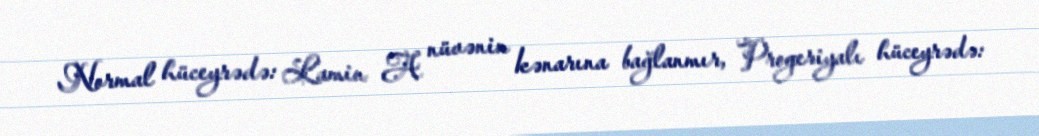
Normal hüceyrədə: Lamin A nüvənin kənarına bağlanmır, Progeriyalı hüceyrədə: